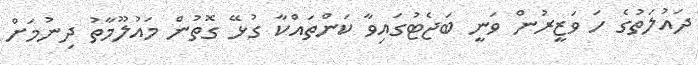
ދައުލަތުގެ ހަ ވަޒީރުން ވަނީ ބަޖެޓުގައިވާ ކަންތައްކާ ގުޅޭ ގޮތުން މައުލޫމާތު ދިނުމަށް